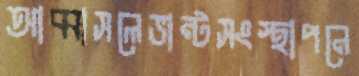
আব্বাসলেভান্টসংস্থাপনে